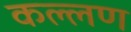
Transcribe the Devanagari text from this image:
कल्लण